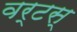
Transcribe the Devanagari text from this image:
वर्टस्